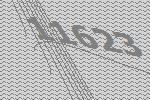
11623